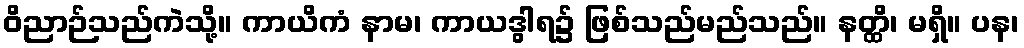
ဝိညာဉ်သည်ကဲသို့။ ကာယိကံ နာမ၊ ကာယဒွါရ၌ ဖြစ်သည်မည်သည်။ နတ္ထိ၊ မရှိ။ ပန၊